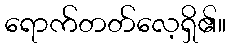
ရောက်တတ်လေ့ရှိ၏။